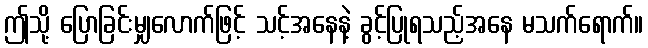
ဤသို့ ပြောခြင်းမျှလောက်ဖြင့် သင့်အနေနဲ့ ခွင့်ပြုရသည့်အနေ မသက်ရောက်။